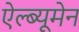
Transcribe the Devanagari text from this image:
ऐल्ब्यूमेन